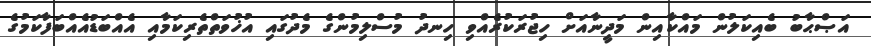
އަޞްޙާބު ބެއިކަލުން މައްކާއިން މަދީނާއަށް ހިޖުރަކުރެއްވި ހިނދު މުސްލިމުންގެ މެދުގައި އުޚުވަތްތެރިކަމާއި އެއްބަޑުއެއްބަފާކަމުގެ